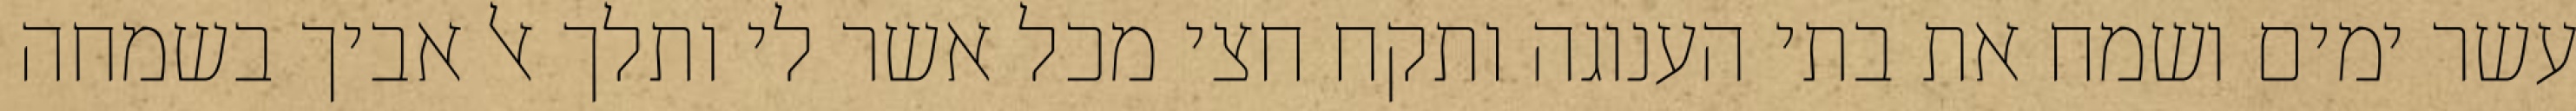
עשר ימים ושמח את בתי הענוגה ותקח חצי מכל אשר לי ותלך אל אביך בשמחה